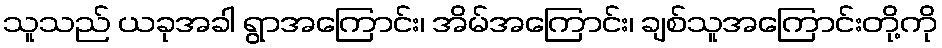
သူသည် ယခုအခါ ရွာအကြောင်း၊ အိမ်အကြောင်း၊ ချစ်သူအကြောင်းတို့ကို